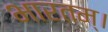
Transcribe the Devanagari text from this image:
भारतम्।